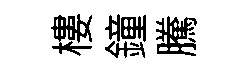
樓鐘騰